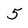
Character: 5